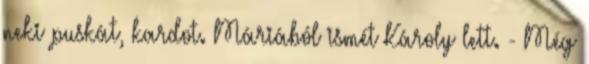
neki puskát, kardot. Máriából ismét Károly lett. - Még